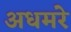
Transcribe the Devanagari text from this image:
अधमरे